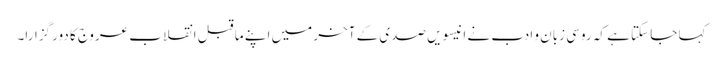
کہا جا سکتا ہے کہ روسی زبان و ادب نے انیسویں صدی کے آخر میں اپنے ما قبل انقلاب عروج کا دور گزارا۔